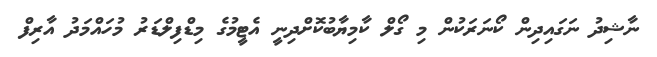
ނާޝިދު ނަގައިދިން ކޯނަރަކުން މި ގޯލް ކާމިޔާބުކޮށްދިނީ އެޓީމުގެ މިޑްފިލްޑަރު މުހައްމަދު އާރިފް